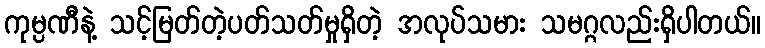
ကုမ္ပဏီနဲ့ သင့်မြတ်တဲ့ပတ်သတ်မှုရှိတဲ့ အလုပ်သမား သမဂ္ဂလည်းရှိပါတယ်။